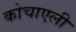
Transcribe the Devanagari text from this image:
कोचाएली